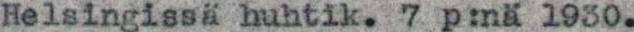
Helsingissä huhtik. 7 p:nä 1930.